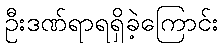
ဦးဒဏ်ရာရရှိခဲ့ကြောင်း